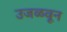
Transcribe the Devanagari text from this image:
उजळवून